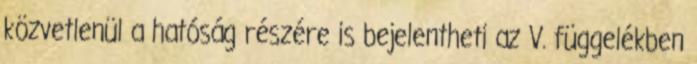
közvetlenül a hatóság részére is bejelentheti az V. függelékben